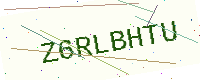
Text: Z6RLBHTU